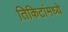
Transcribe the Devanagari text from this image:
तिकिटांमध्ये